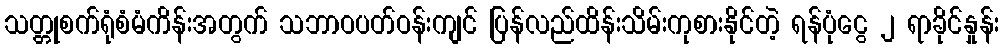
သတ္တုစက်ရုံစံမံကိန်းအတွက် သဘာဝပတ်ဝန်းကျင် ပြန်လည်ထိန်းသိမ်းကုစားနိုင်တဲ့ ရန်ပုံငွေ ၂ ရာခိုင်နှုန်း